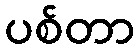
ပစ်တာ